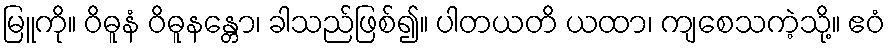
မြူကို။ ဝိဓူနံ ဝိဓူနန္တော၊ ခါသည်ဖြစ်၍။ ပါတယတိ ယထာ၊ ကျစေသကဲ့သို့။ ဧဝံ